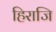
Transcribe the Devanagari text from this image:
हिराजि